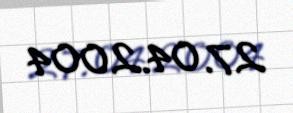
27.04.2004